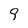
Character: 9